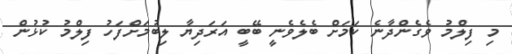
މި ފިލްމު ވެގެންދާނެ ކަމަށް ބެލެވެނީ ބޭބީ އަރަދިޔާ ލިބުމަށްފަހު ފިލްމު ކުޅުން